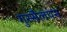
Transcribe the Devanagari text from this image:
गुस्सैलपन